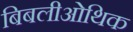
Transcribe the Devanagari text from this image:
बिबलीओथिक